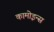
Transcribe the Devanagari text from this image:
कामोइन्स